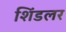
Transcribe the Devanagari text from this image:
शिंडलर